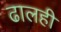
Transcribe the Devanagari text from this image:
ढालही